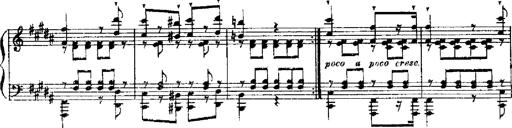
Title: RÃ©miniscences de Robert le diable
Composer: Franz Liszt